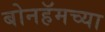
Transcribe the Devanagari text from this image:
बोनहॅमच्या